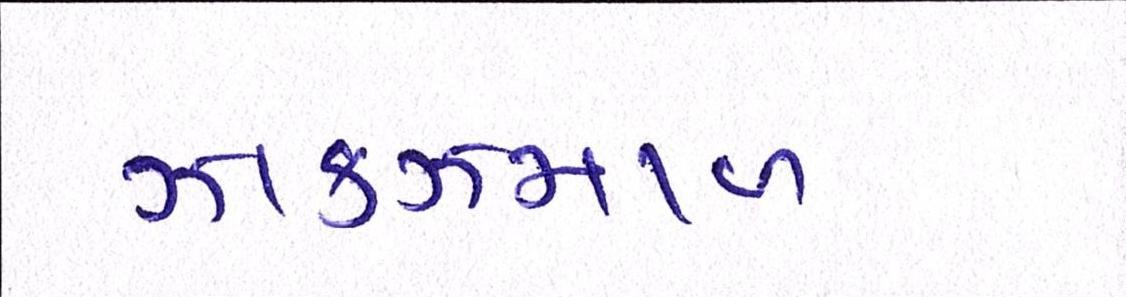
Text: ઝાકઝમાળ